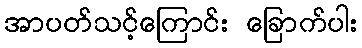
အာပတ်သင့်ကြောင်း ခြောက်ပါး